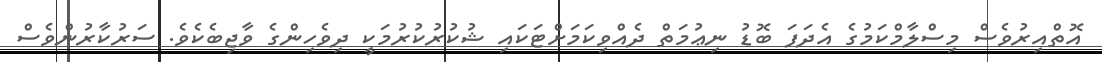
އޮތްއިރުވެސް މިސްލާމްކަމުގެ އެދަފަ ބޮޑު ނިޢުމަތް ދެއްވިކަމަށްޓަކައި ޝުކުރުކުރުމަކީ ދިވެހިންގެ ވާޖިބެކެވެ. ސަރުކާރުންވެސް